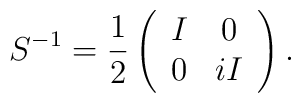
S^{-1} = \frac{1}{2} \left(   \begin{array}{cc}      I & 0 \\      0 & iI   \end{array} \right) .